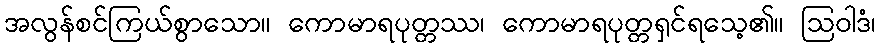
အလွန်စင်ကြယ်စွာသော။ ကောမာရပုတ္တဿ၊ ကောမာရပုတ္တရှင်ရသေ့၏။ ဩဝါဒံ၊